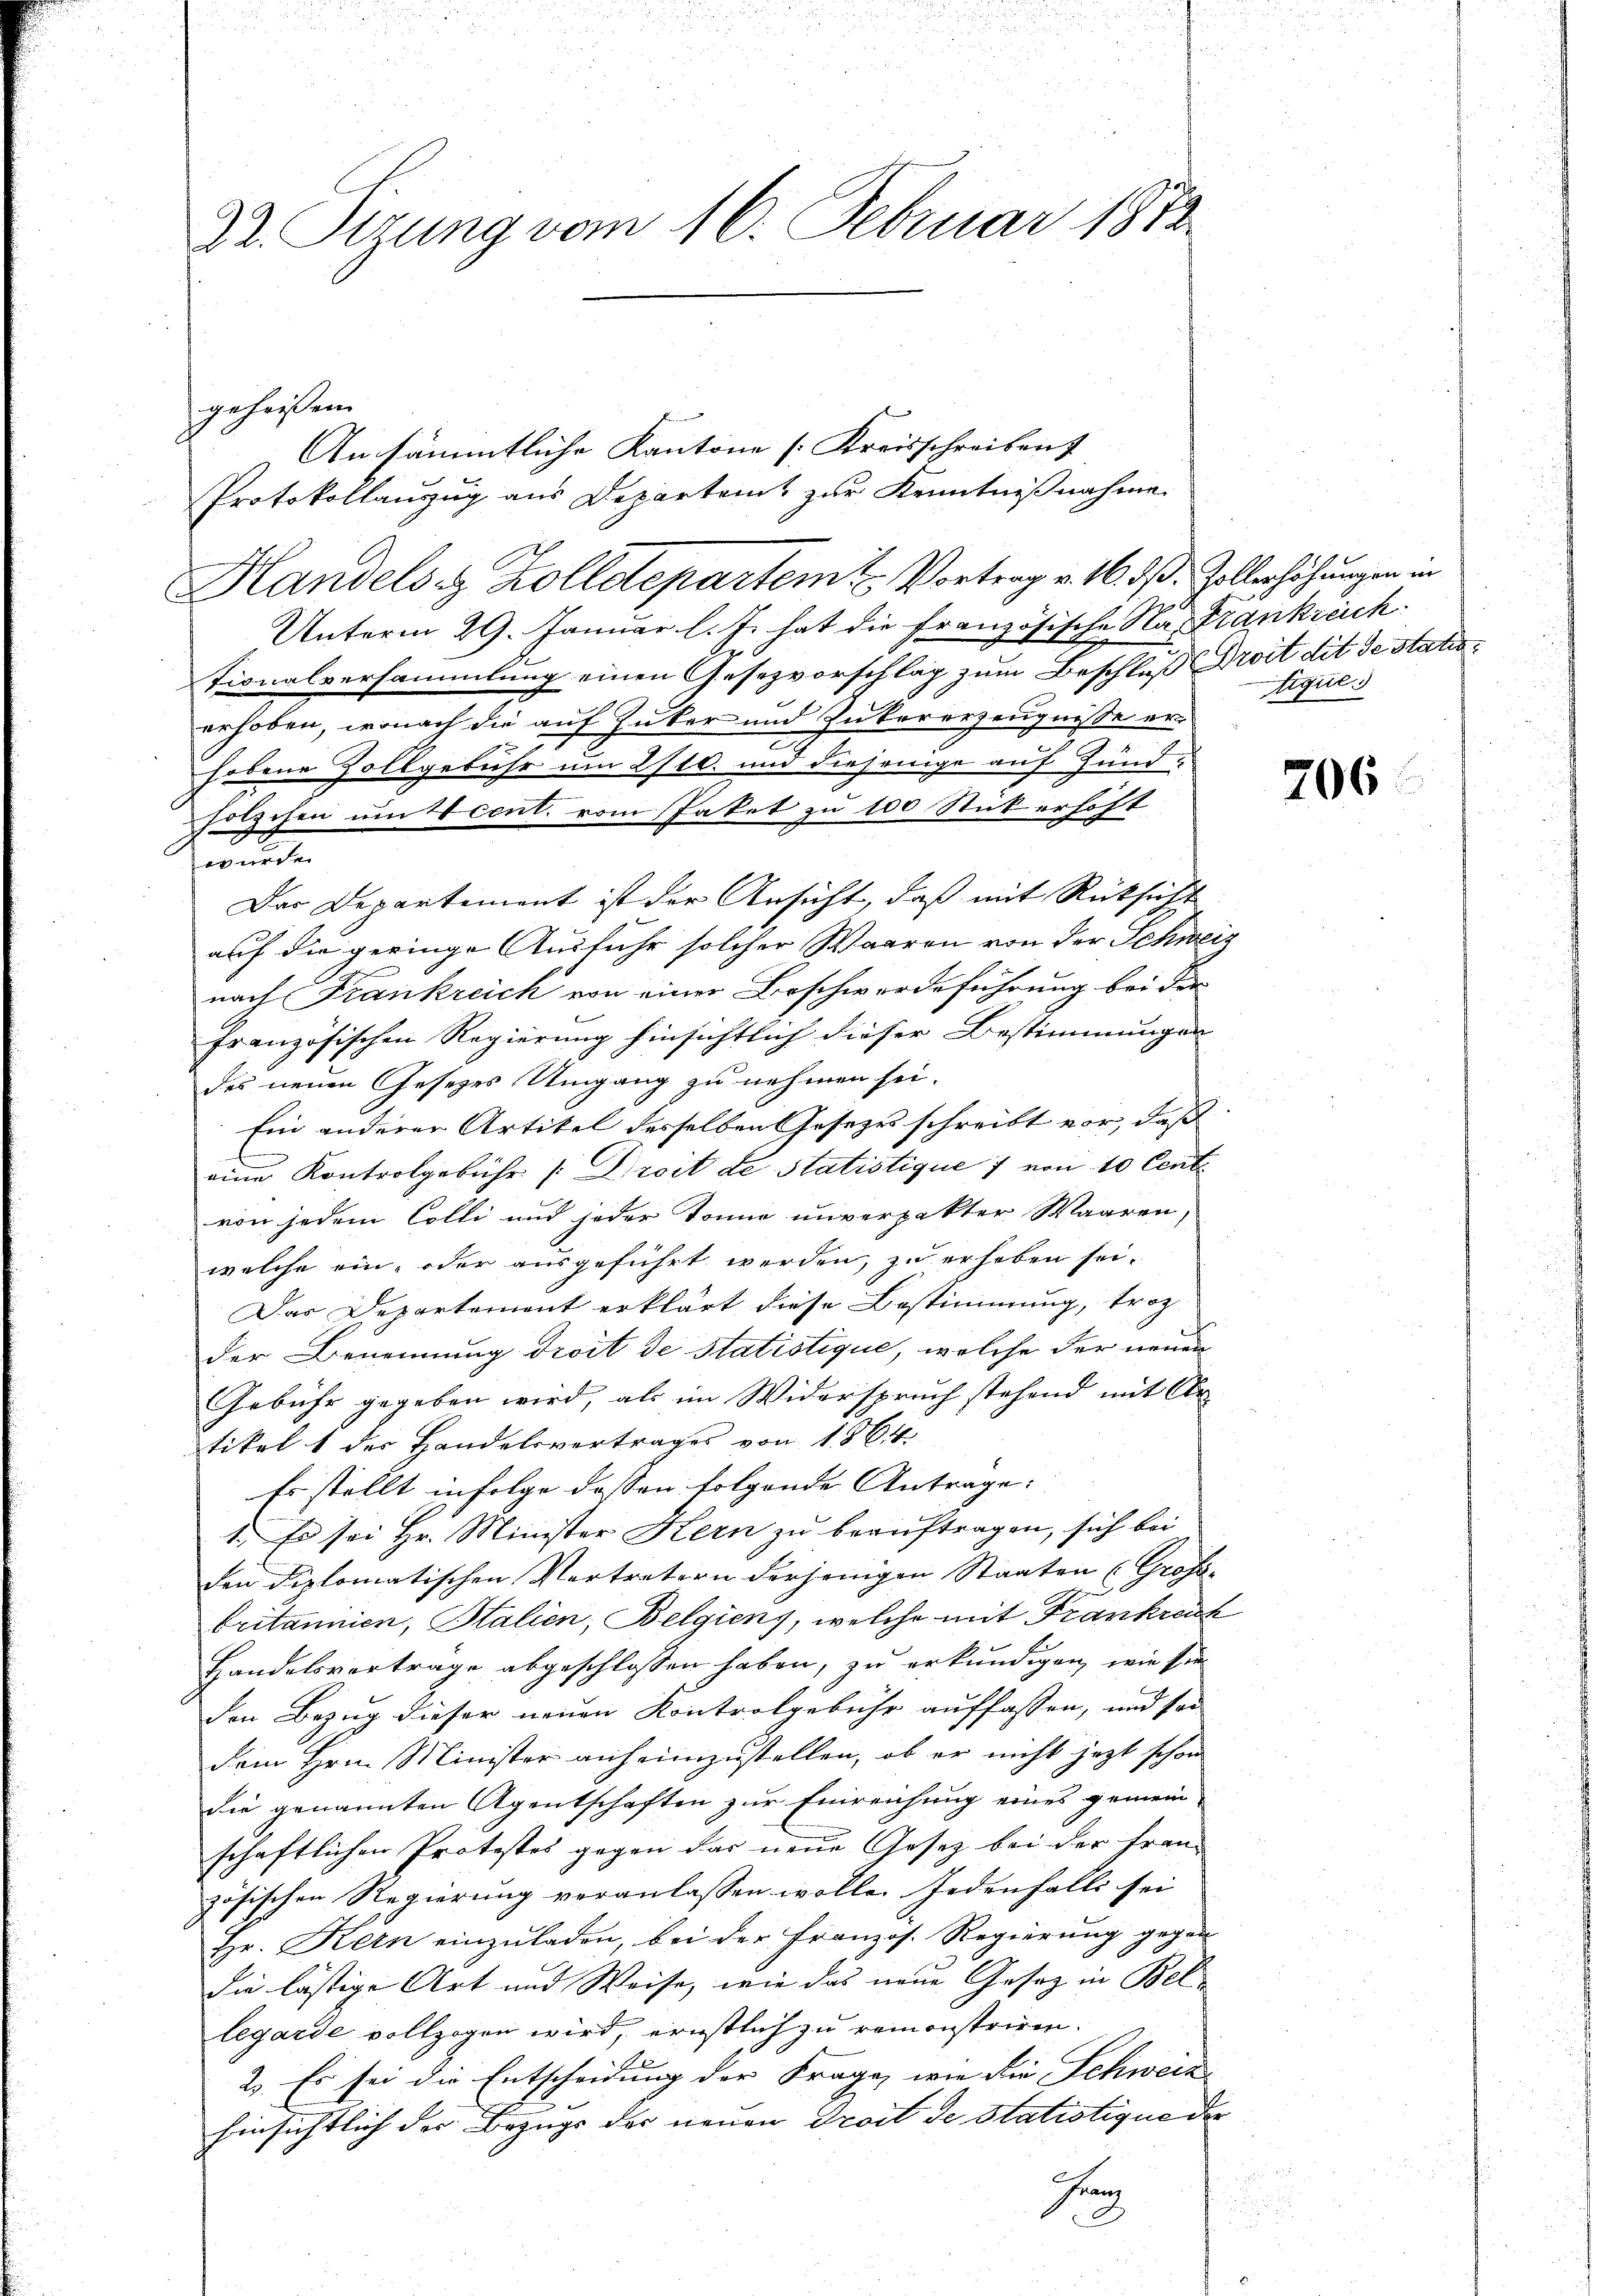
Dr. Sizung vom 16. Februar 1872

Ansämmtliche Kantone [Kreisschreiben
Protokollauszug aus Departent zur Kenntnißnahme
Handels z. Kolldepartem u. Vortrag v. 16. dß. Zollerhöhungen in
Unterm 29. Januar l. J. hat die Französische Na- Frankreich
tionalversammlung einen Gesezvorschlag zum Beschluß Droit dit de statioerhoben, wonach die auf Zuker und Zukererzeugnisse era
fobene Zollgebühr um 2/10. und diejenige auf Hundholzchen um Acent. vom Paket zu 100 Stück erhöht
auf die geringe Ausfuhr solcher Waaren von der Schweiz
nach Frankreich von einer Beschwerdeführung bei der
französischen Regierung hinsichtlich dieser Bestimmungen
des neuen Gesetzes Umgang zu nehmen sei.
Ein anderer Artikel desselben Gesezes schreibt vor, daß
eine Kontrolgebühr /:Diroit de statistique 7 von 10 Cent
von jedem Colli und jeder Tonne unverpakter Waaren,
welche ein- oder ausgeführt werden, zu erhoben sei.
Das Departement erklärt diese Bestimmung, troz
der Benennung droit de statistique, welche der neuen
Gebühr gegeben wird, als im Widerspruch stehend mit Ar-
tikel 1 der Handelsvertrages von 1864.
Es stellt infolge dessen folgende Antrage:
1. Es sei Hr. Minister Kern zu beauftragen, sich bei
den diplomatischen Vertretern derjenigen Staaten (Großh
britannien, Stalien, Belgien, welche mit Frankreuz
Handelsverträge abgeschlossen haben, zu erkundigen, wie sie
Den Bezug dieser neuen Kontrolgebühr auffassen, und sei
dem Hrn. Minister anheimzustellen, ob er nicht jetzt schon
die genannten Agentschaften zur Einreichung eines gemein
schaftlichen Protestes gegen das neue Gesetz bei der Französischen Regierung veranlassen wolle. Jedenfalls sei
Hr. Kern einzŭladen, bei der Französ. Regierŭng gegen-
die lästige Art und Weise, wie das neue Gesetz in Bellegarde vollzogen wird, ernstlich zu remonstriren.
2. Es sei die Entscheidung der Frage, wie die Schweiz
hinsichtlich der Bezugs der neuen Droit de statistique der
Franz

geheißen.

wurde.

Das Departement ist der Ansicht, daß mit Rücksicht

iques

706